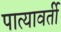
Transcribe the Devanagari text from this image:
पात्यावर्ती